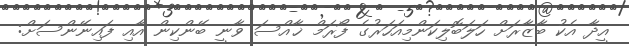
އީދާ އެކު ބާޒާރަށް ހަލަބޮލިކަންމިއަހަރުގެ ފޯރަމް ޚާއްސަ ވާނީ ބޭންކިން އާއި ފައިނޭންސަށް: